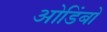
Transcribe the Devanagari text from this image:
ओडिंबो